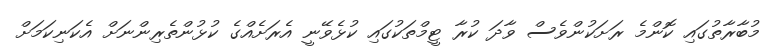
މުބާރާތުގައި ކޮންމެ ރަށަކުންވެސް ވާދަ ކުރާ ޓީމްތަކުގައި ކުޅެވޭނީ އެރަށެއްގެ ކުޅުންތެރިންނަށް އެކަނިކަމަށް